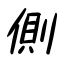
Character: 側